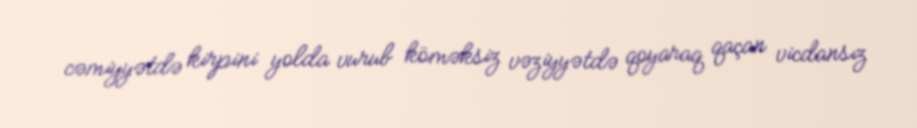
cəmiyyətdə kirpini yolda vurub köməksiz vəziyyətdə qoyaraq qaçan vicdansız